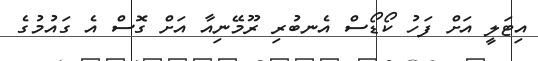
އިޓަލީ އަށް ފަހު ކޯޑޯސް އެނބުރި ރޫމޭނިއާ އަށް ގޮސް އެ ގައުމުގެ